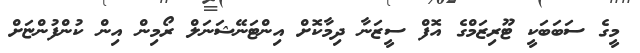
މީގެ ސަބަބަކީ ޓޫރިޒަމްގެ އޮފް ސީޒަނާ ދިމާކޮށް އިންޓަނޭޝަނަލް ރޯމިން އިން ކުންފުންޏަށް